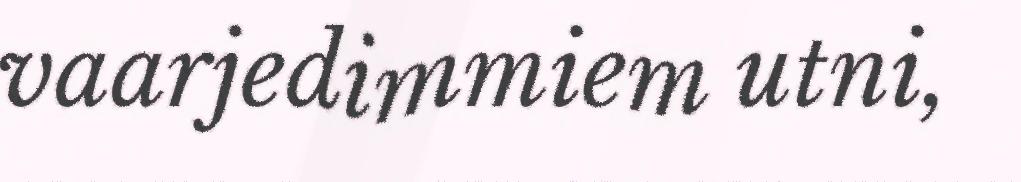
vaarjedimmiem utni,